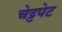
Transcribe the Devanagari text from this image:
चेट्टपेट